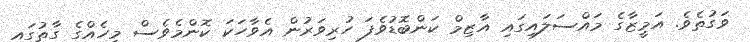
ވަގުތެވެ. އަމީޒާގެ މައްސަލައިގައި އާޒިމް ކަންބޮޑުވެފަ ހުރިވަރުން އެވާހަކަ ކޮންމެވެސް މީހެއްގެ ގާތުގައި